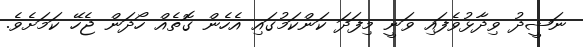
ނަޝީދު ވިދާޅުވެފައި ވަނީ މިފަދަ ކަންކަމުގައި އެހެން ގޮތެއް ހޯދަން ޖެހޭ ކަމަށެވެ.